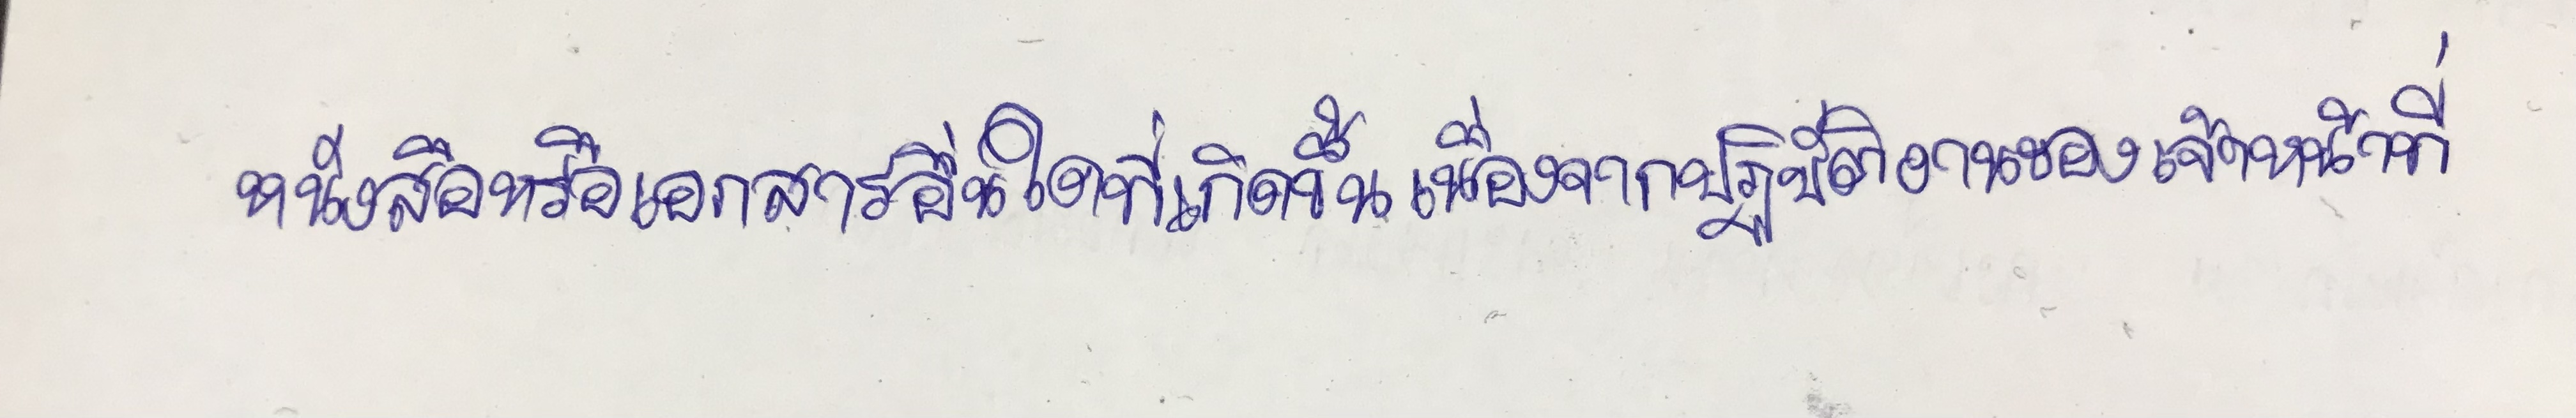
หนังสือหรือเอกสารอื่นใดที่เกิดขึ้นเนื่องจากการปฏิบัติงานของเจ้าหน้าที่